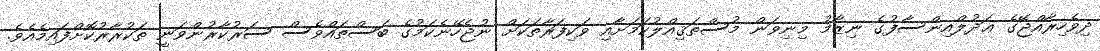
ދިވެހިރާއްޖޭގެ ޢަދުލްއިންސާފުގެ ނިޒާމު މިނިވަން މުސްތަޤިއްލުކަމަށާއި ވަކިފަރާތަކަށް ނުޖެހޭނެކަމުގެ ބަސްތައްވެސް ސަރުކާރުންވަނީ ތަކުރާރުކޮށްފައިމެއެވެ.